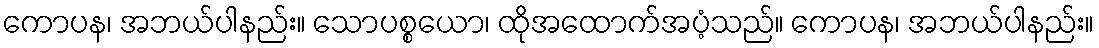
ကောပန၊ အဘယ်ပါနည်း။ သောပစ္စယော၊ ထိုအထောက်အပံ့သည်။ ကောပန၊ အဘယ်ပါနည်း။